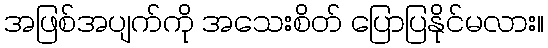
အဖြစ်အပျက်ကို အသေးစိတ် ပြောပြနိုင်မလား။